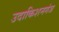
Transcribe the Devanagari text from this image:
उदाकिशनगंज